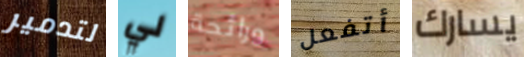
لتدمير لي ورائحة أتفعل يسارك